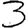
Digit: 3